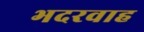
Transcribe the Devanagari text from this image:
भदरवाह